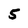
Character: 5